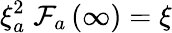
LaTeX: \xi_{a}^{2}\; \mathcal{F}_{a}\left(\infty\right)=\xi